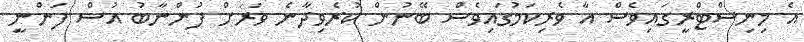
އެ މިނިސްޓްރީގައިވެސް އާ ވެރިކަމުގައިވެސް ބޭނުން ކުރެވިދާނެ ވަރަށް ފުންނާބު އުސް ފަންނީ